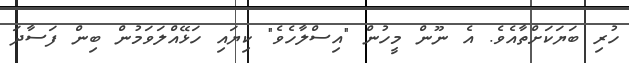
ހުރި ބަޔަކަށްތާއެވެ. އެ ނޫން މީހުން "އިސްލާހެވެ" ކިޔައި ހަޅޭއްލަވަމުން ބިން ފަސާދަ